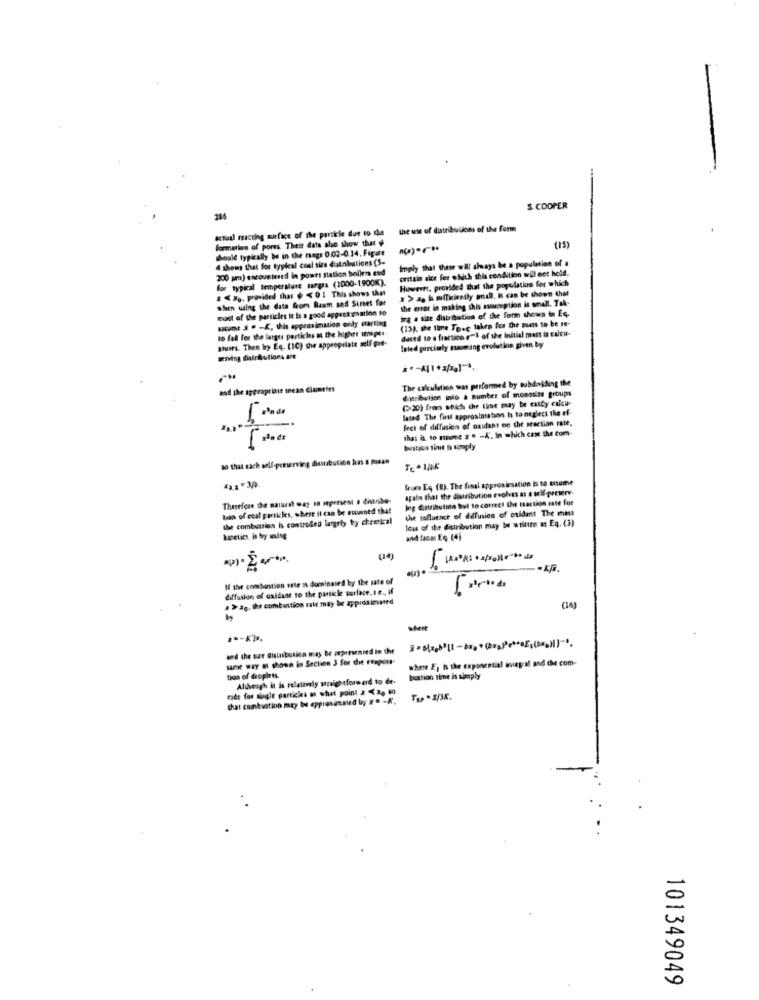
S. COOPER
actual reacting surface of the particle due to the
the use of distributions of the ferm
formation of pores. Their data ale show that
Should typically be in the rage 0.02-0.14. Figute
(15)
4 shows that for typical cosi size dustinbations (S-
Imply that there will always be a population of .
200 pm) encountered in powti Station boilers end
oretain akce for which this condition will not hold.
for typical temperature sarges (1000-1900K).
Howevet, provided that the population for which
# <Xo, provided that $ <01 This shows that
" > z h efficiently ail. k can be shown that
when using the data from Baum and Simset for
the error in making this asusception is onall. Tak.
most of the particles it Is a good apprehension to
ira . size distribution of the form shown in Eq.
scant 2 . - K, this approximation only starting
(13), the time Tove taken for the mass to be re-
to fad for the larges particles M the Higher 1000pct
duced to a fractico e") of the initial mass is calcu-
Busts. Then by Eq. (10) the appropriate self pre-
Inted precisely ssaomzang evolution given by
serving distributions are
The calculation was performed by subdniding the
and the appropriate snean diamelet
distribution into a number of monosize groups
(>20) from which the line muy be casty calcu-
lated The first approxintation Is to neglect the ef-
5000
feci of diffusion of oxidant on the section rate,
that a to name 2 . - A. In which can the com-
bustion time is sonply
10 that each self-perserving disuabution has a mean
TE * 12K
Seura Eq (8). The final approximation is to assume
again that the distribution evolves as o soll-preserv.
Therefore the natural way so represent o distribu-
Ing distribution bul to correct the meaction rate for
ten of coat particles. where it can be asunned that
the influence of difusion of oxidant The mast
the combustion is controlled largely by cheetkcal
leis of the distribution may be willtre as Eq. (3)
kasetics, is bry using
and from EQ (4)
(14)
KG.
If the combustion sate is dominated by the rate of
diffusion of oxidant to the particle surface. I.e ., if
a>3g, the combustion rait may be appidginsind
(16)
start
and the sar distribution may be oepresented in the
same way a shown in Section 3 for the evapora-
where E) is the exponential integral and the com-
tica of droplets.
Although it is relatively straightforward to de-
bestion time is simply
cide for single particles o what point & < X, 80
that combination may be eppiovanaled by * * - K.
101349049